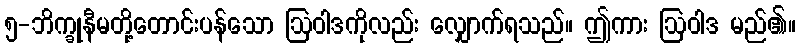
၅-ဘိက္ခုနီမတို့တောင်းပန်သော ဩဝါဒကိုလည်း လျှောက်ရသည်။ ဤကား ဩဝါဒ မည်၏။